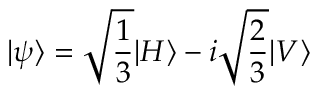
| \psi \rangle = { \sqrt { \frac { 1 } { 3 } } } | H \rangle - i { \sqrt { \frac { 2 } { 3 } } } | V \rangle